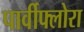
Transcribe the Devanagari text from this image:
पार्वीफ्लोरा